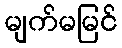
မျက်မမြင်